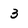
Character: 3